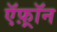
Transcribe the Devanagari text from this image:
ऍफ़्रॉन